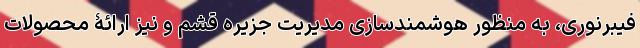
فیبرنوری، به منظور هوشمندسازی مدیریت جزیره قشم و نیز ارائۀ محصولات